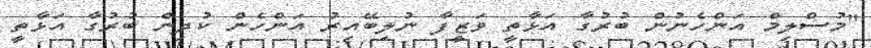
"މުސްލިމް އަންހެނުން ބުރުގާ އަޅާތީ ވަޒީފާ ނުލިބޭއިރު އަންހެން ކުދިން ބުރުގާ އަޅާތީ